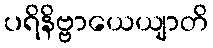
ပရိနိဗ္ဗာယေယျာတိ